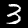
Digit: 3